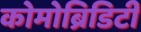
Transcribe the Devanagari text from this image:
कोमोब्रिडिटी